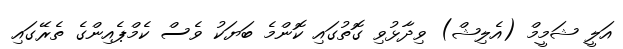
އަލީ ޝަމީމް (އެލިޝް) ވިދާޅުވި ގޮތުގައި ކޮންމެ ބަޔަކު ވެސް ކެމްޕެއިންގެ ތެރޭގައި